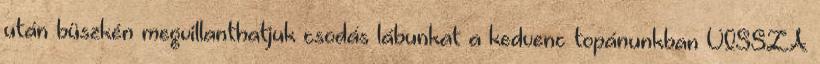
után büszkén megvillanthatjuk csodás lábunkat a kedvenc topánunkban VISSZA